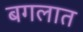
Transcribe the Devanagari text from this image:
बगलात